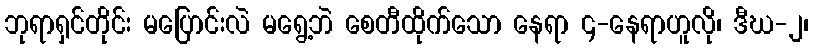
ဘုရာရှင်တိုင်း မပြောင်းလဲ မရွေ့ဘဲ စေတီထိုက်သော နေရာ ၄-နေရာဟူလို၊ ဒီဃ-၂၊